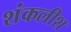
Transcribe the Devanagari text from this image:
शंकलीश